Vaccine operations Central Provinces 1900-1911 - 1900-1911
Year: 1900
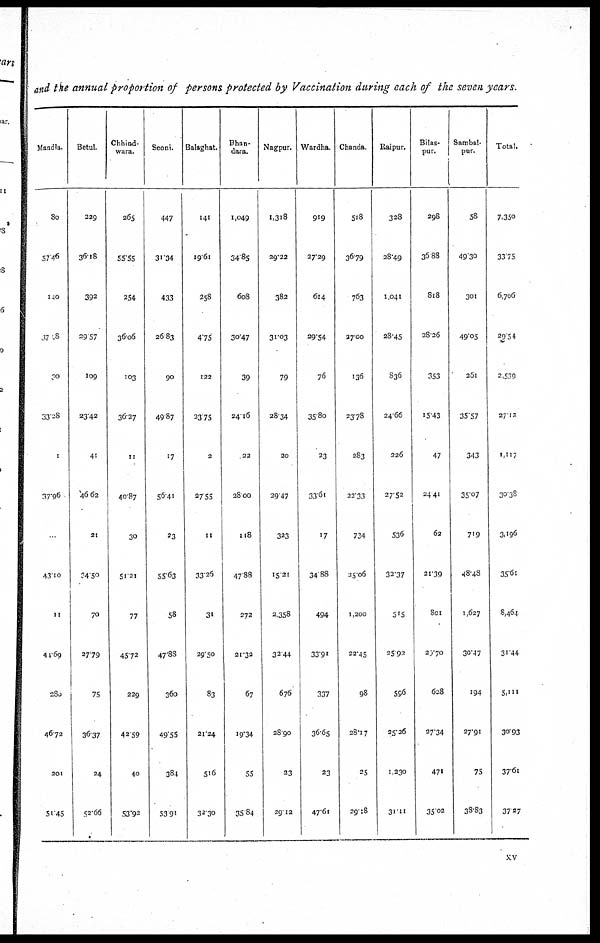
and the annual proportion of persons protected by Vaccination during each of the seven years.
Mandla
80
57.46
140
37.8
30
33.28
1
37.96
...
43.10
11
11.69
280
46.72
201
51.45
Betul.
229
36.18
392
29.57
109
23.42
41
46.62
21
34.50
70
27.79
75
36.37
24
52.66
Chhind-
wara.
265
55.55
254
36.06
103
36.27
11
40.87
30
51.21
77
45.72
229
42.59
40
53.92
Seoni.
447
31.34
433
26.83
90
49.87
17
56.41
23
55.63
58
47.88
360
49.55
384
53.91
Balaghat.
141
19.61
258
4.75
122
23.75
2
27.55
11
33.26
31
29.50
83
21.24
516
32.30
Bhan-
dara.
1,049
34.85
608
30.47
39
24.16
22
28.00
118
47.88
272
21.32
67
19.34
55
35.84
Nagpur.
1,318
29.22
382
31.03
79
28.37
20
29.47
323
15.21
2,358
32.44
676
28.90
23
29.12
Wardha.
919
27.29
614
29.54
76
35.80
23
33.61
17
34.88
494
33.91
337
36.65
23
47.61
Chanda.
518
36.79
763
27.00
136
23.78
283
22.33
734
15.06
1,200
22.45
98
28.17
25
29.18
Raipur.
328
28.49
1,041
28.45
836
24.66
226
27.52
536
32.37
515
25.92
596
25.26
1,230
31.11
Bilas-
pur.
298
36.88
818
28.26
353
15.43
47
24.41
62
21.39
801
20.70
628
27.34
471
35.02
Sambal-
pur.
58
49.30
301
49.05
261
35.57
343
35.07
719
48.48
1,627
30.47
194
27.91
75
38.83
Total.
7,350
33.75
6,706
29.54
2,539
27.12
1,117
30.38
3,196
35.61
8,464
31.44
5,111
30.93
37.61
37.27
xv